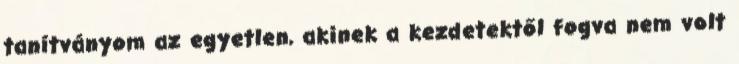
tanítványom az egyetlen, akinek a kezdetektől fogva nem volt